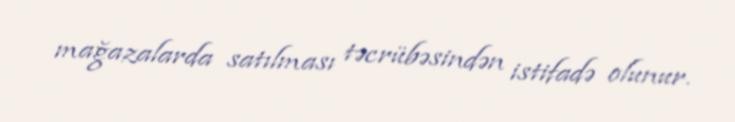
mağazalarda satılması təcrübəsindən istifadə olunur.